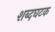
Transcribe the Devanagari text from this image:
शब्दघटक